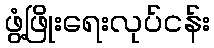
ဖွံ့ဖြိုးရေးလုပ်ငန်း